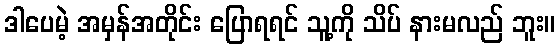
ဒါပေမဲ့ အမှန်အတိုင်း ပြောရရင် သူ့ကို သိပ် နားမလည် ဘူး။